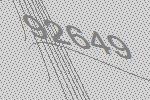
92649